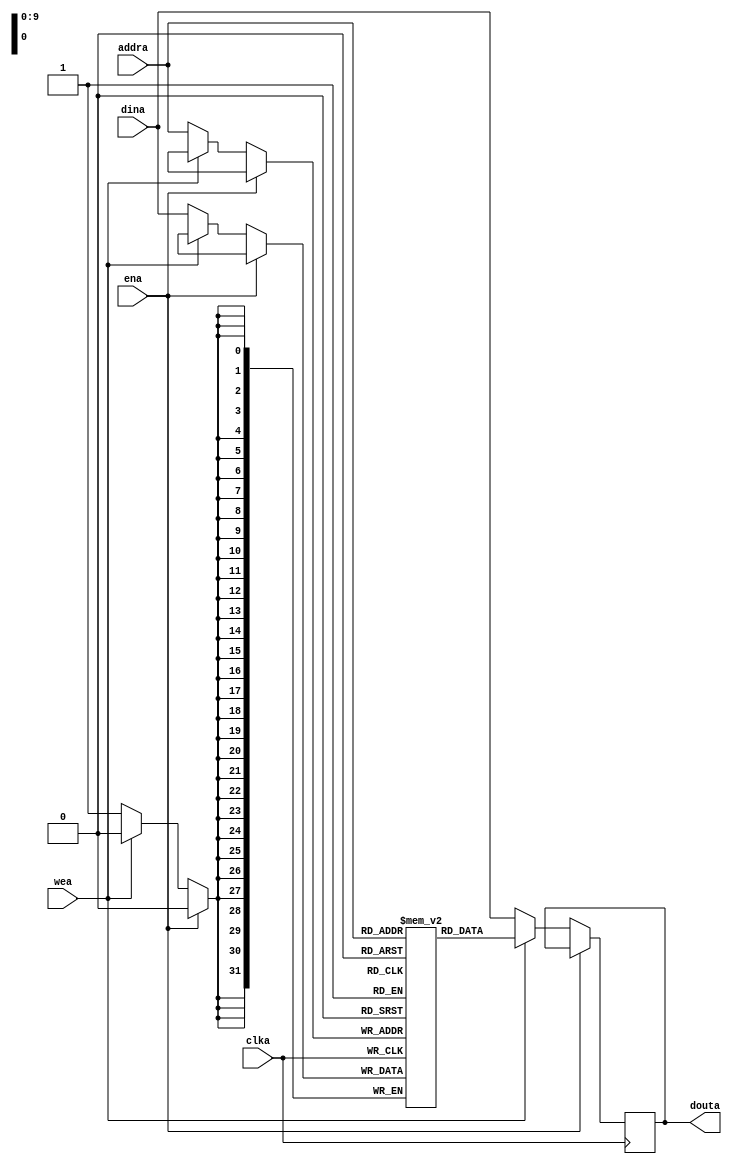
`timescale 1ns / 1ps

//  Xilinx Single Port Write First RAM
//  This code implements a parameterizable single-port write-first memory where when data
//  is written to the memory, the output reflects the same data being written to the memory.
//  If the output data is not needed during writes or the last read value is desired to be
//  it is suggested to use a No Change as it is more power efficient.
//  If a reset or enable is not necessary, it may be tied off or removed from the code.
//  Modify the parameters for the desired RAM characteristics.

module xilinx_single_port_ram_write_first #(
  parameter RAM_WIDTH = 32,                       // Specify RAM data width
  parameter RAM_DEPTH = 1024,                     // Specify RAM depth (number of entries) 
  parameter INIT_FILE = ""                        // Specify name/location of RAM initialization file if using one (leave blank if not)
) (
  input [clogb2(RAM_DEPTH-1)-1:0] addra,  // Address bus, width determined from RAM_DEPTH
  input [RAM_WIDTH-1:0] dina,           // RAM input data
  input clka,                           // Clock
  input wea,                            // Write enable
  input ena,                            // RAM Enable, for additional power savings, disable port when not in use
  output [RAM_WIDTH-1:0] douta          // RAM output data
);

  reg [RAM_WIDTH-1:0] BRAM [RAM_DEPTH-1:0];
  reg [RAM_WIDTH-1:0] ram_data = {RAM_WIDTH{1'b0}};

  // The following code either initializes the memory values to a specified file or to all zeros to match hardware
  generate
    if (INIT_FILE != "") begin: use_init_file
      initial
        $readmemh(INIT_FILE, BRAM, 0, RAM_DEPTH-1);
    end else begin: init_bram_to_zero
      integer ram_index;
      initial
        for (ram_index = 0; ram_index < RAM_DEPTH; ram_index = ram_index + 1)
          BRAM[ram_index] = {RAM_WIDTH{1'b0}};
    end
  endgenerate

  always @(posedge clka)
    if (!ena)
      if (!wea) begin
        BRAM[addra] <= dina; 
        ram_data <= dina;
      end else
        ram_data <= BRAM[addra];        

  assign douta = ram_data;

  //  The following function calculates the address width based on specified RAM depth
  function integer clogb2;
    input integer depth;
      for (clogb2=0; depth>0; clogb2=clogb2+1)
        depth = depth >> 1;
  endfunction

endmodule

module SP32B1024 (
   output [31:0] Q,
   input CLK,
   input CEN,
   input WEN,
   input [9:0] A,
   input [31:0] D
);


  xilinx_single_port_ram_write_first #(
    .RAM_WIDTH(32),                       // Specify RAM data width
    .RAM_DEPTH(1024),                     // Specify RAM depth (number of entries)
    .INIT_FILE("")                        // Specify name/location of RAM initialization file if using one (leave blank if not)
  ) your_instance_name (
    .addra(A),     // Address bus, width determined from RAM_DEPTH
    .dina(D),       // RAM input data, width determined from RAM_WIDTH
    .clka(CLK),       // Clock
    .wea(WEN),         // Write enable
    .ena(CEN),         // RAM Enable, for additional power savings, disable port when not in use
     .douta(Q)      // RAM output data, width determined from RAM_WIDTH
  );

endmodule